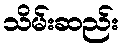
သိမ်းဆည်း